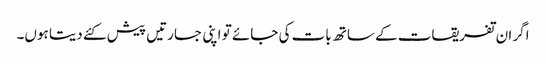
اگر ان تفریقات کے ساتھ بات کی جائے تو اپنی جسارتیں پیش کئے دیتا ہوں۔